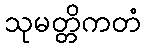
သုမတ္တိကတံ